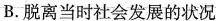
B.脱离当时社会发展的状况